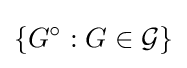
\left\{G^{\circ }:G\in {\mathcal {G}}\right\}